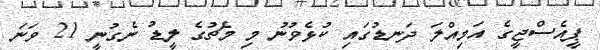
ޕީއެސްޖީގެ އަމިއްލަ ދަނޑުގައި ކުޅެވުނު މި މެޗުގެ ލީޑު ނެގުނީ 21 ވަނަ